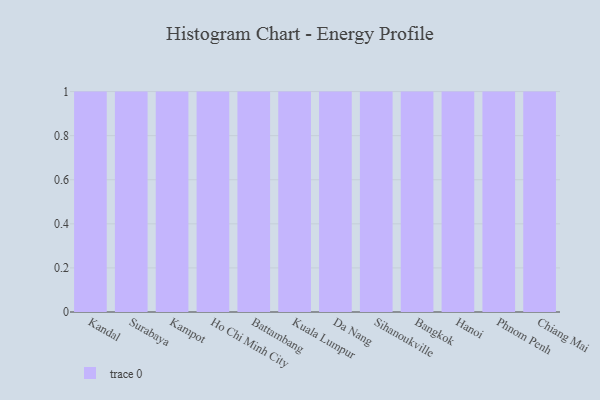
{"axis": {"x": "City", "y": "Active Users"}, "legend": [""], "data": [{"x": "Kandal", "y": 72, "type": ""}, {"x": "Surabaya", "y": 57, "type": ""}, {"x": "Kampot", "y": 71, "type": ""}, {"x": "Ho Chi Minh City", "y": 36, "type": ""}, {"x": "Battambang", "y": 2, "type": ""}, {"x": "Kuala Lumpur", "y": 66, "type": ""}, {"x": "Da Nang", "y": 98, "type": ""}, {"x": "Sihanoukville", "y": 37, "type": ""}, {"x": "Bangkok", "y": 26, "type": ""}, {"x": "Hanoi", "y": 45, "type": ""}, {"x": "Phnom Penh", "y": 54, "type": ""}, {"x": "Chiang Mai", "y": 21, "type": ""}]}